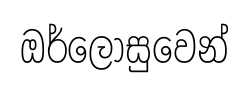
ඔර්ලෝසුවෙන්